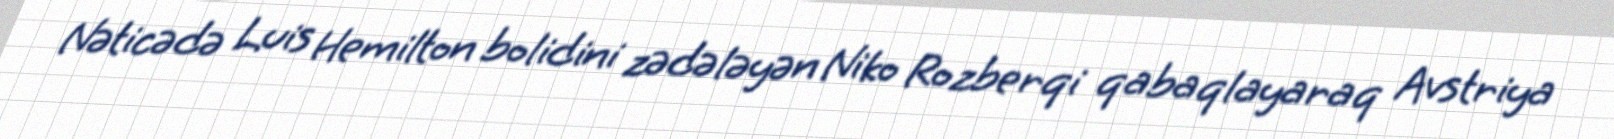
Nəticədə Luis Hemilton bolidini zədələyən Niko Rozberqi qabaqlayaraq Avstriya